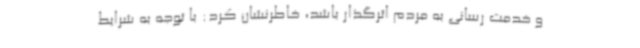
و خدمت رسانی به مردم اثرگذار باشد، خاطرنشان کرد: با توجه به شرایط